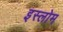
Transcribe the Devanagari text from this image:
इस्लोम